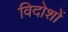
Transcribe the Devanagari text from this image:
विदोशों